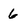
Character: 6